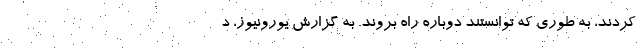
کردند، به طوری که توانستند دوباره راه بروند. به گزارش یورونیوز، د